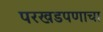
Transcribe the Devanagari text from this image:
परखडपणाचा